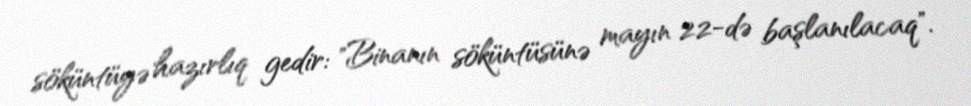
söküntüyə hazırlıq gedir: "Binanın söküntüsünə mayın 22-də başlanılacaq".